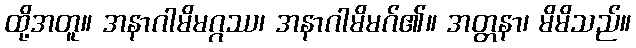
ထို့အတူ။ အနာဂါမိမဂ္ဂဿ၊ အနာဂါမိမဂ်၏။ အတ္တနာ၊ မိမိသည်။